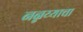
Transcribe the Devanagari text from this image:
नन्नय्याचा